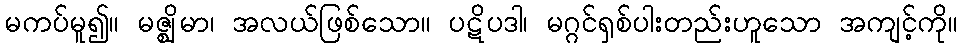
မကပ်မူ၍။ မဇ္ဈိမာ၊ အလယ်ဖြစ်သော။ ပဋိပဒါ၊ မဂ္ဂင်ရှစ်ပါးတည်းဟူသော အကျင့်ကို။